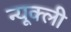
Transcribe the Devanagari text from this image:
न्यूक्ली